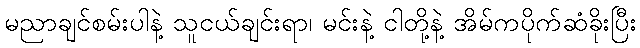
မညာချင်စမ်းပါနဲ့ သူငယ်ချင်းရာ၊ မင်းနဲ့ ငါတို့နဲ့ အိမ်ကပိုက်ဆံခိုးပြီး